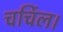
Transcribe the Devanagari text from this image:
चर्चिल।